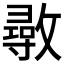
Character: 𢿼